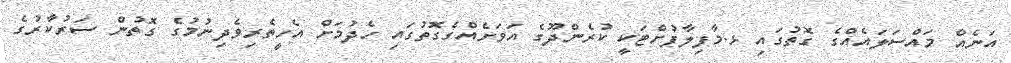
އަނެއް މައްސަލައެއްގެ ގޮތުގައި ޅ.މާފިލާފުށްޓަކީ ކުރެންދޫގެ އަވަށެއްގެގޮތުގައި ހެދުމަށް އެހީތެރިވެދިނުމުގެ ގޮތުން ސަރުކާރުގެ